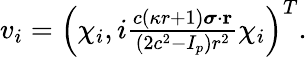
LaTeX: \begin{array}{r}{v_{i}=\left(\chi_{i},i\frac{c(\kappa r+1){\boldsymbol\sigma}\cdot\mathbf{r}}{(2c^{2}-I_{p})r^{2}}\chi_{i}\right)^{T}.}\end{array}